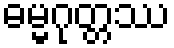
ဓမ္မဂုတ္တဿ